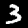
Digit: 3